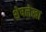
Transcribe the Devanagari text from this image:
शेषलेखा